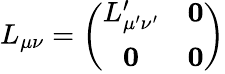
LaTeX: L_{\mu\nu}=\left(\begin{array}{cc}{{L_{\mu^{\prime}\nu^{\prime}}^{\prime}}}&{{\mathbf{0}}}\\ {{\mathbf{0}}}&{{\mathbf{0}}}\end{array}\right)